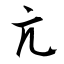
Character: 亢